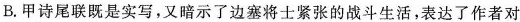
B.甲诗尾联既是实写，又暗示了边塞将士紧张的战斗生活，表达了作者对